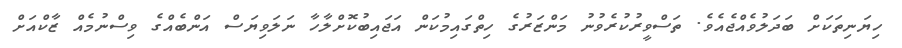
ހިޔަނިތަކަށް ބަދަލުވެއްޖެއެވެ. ތަސްވީރުކުރެވުނު މަންޒަރުގެ ހިތްގައިމުކަން އަޖައިބުކޮށްލާހާ ނަލަވިޔަސް އަންބެއްގެ ވިސްނުމެއް ޒާކްއަށް